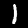
Digit: 1